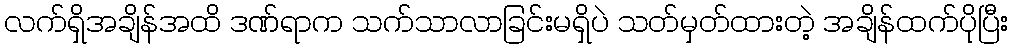
လက်ရှိအချိန်အထိ ဒဏ်ရာက သက်သာလာခြင်းမရှိပဲ သတ်မှတ်ထားတဲ့ အချိန်ထက်ပိုပြီး